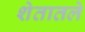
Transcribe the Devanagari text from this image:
शेतातले